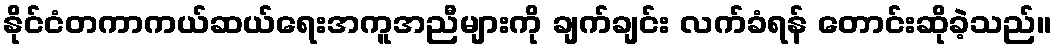
နိုင်ငံတကာကယ်ဆယ်ရေးအကူအညီများကို ချက်ချင်း လက်ခံရန် တောင်းဆိုခဲ့သည်။